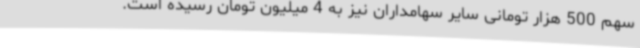
سهم 500 هزار تومانی سایر سهامداران نیز به 4 میلیون تومان رسیده است.